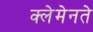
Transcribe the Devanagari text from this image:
क्लेमेनते